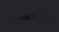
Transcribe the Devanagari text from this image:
संवाहकामधून